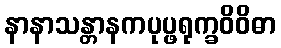
နာနာသန္တာနကပုပ္ဖရုက္ခဝိဝိဓာ